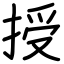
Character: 授